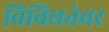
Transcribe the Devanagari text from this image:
विविधतेवर